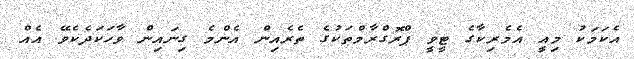
އެކަމަކު މިއީ އެމެރިކާގެ ޓީވީ ޕްރޮގްރާމްތަކުގެ ތެރެއިން އެންމެ ގިނައިން ވާހަކަދެކެވޭ އެއް